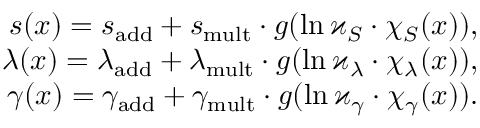
\begin{array} { r } { s ( x ) = { s } _ { \mathrm { a d d } } + { s } _ { \mathrm { m u l t } } \cdot g ( \ln \varkappa _ { S } \cdot \chi _ { S } ( x ) ) , } \\ { \lambda ( x ) = \lambda _ { \mathrm { a d d } } + { \lambda } _ { \mathrm { m u l t } } \cdot g ( \ln \varkappa _ { \lambda } \cdot \chi _ { \lambda } ( x ) ) , } \\ { \gamma ( x ) = \gamma _ { \mathrm { a d d } } + \gamma _ { \mathrm { m u l t } } \cdot g ( \ln \varkappa _ { \gamma } \cdot \chi _ { \gamma } ( x ) ) . } \end{array}